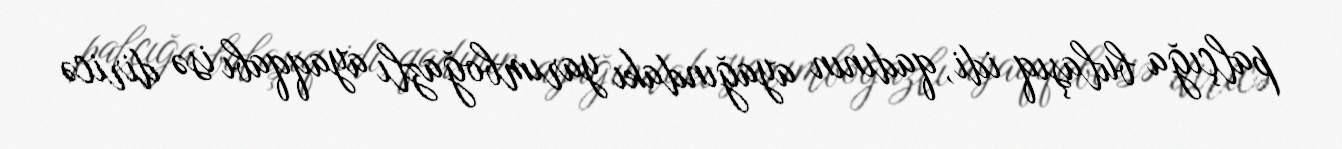
palçığa bulaşıq idi, qadının ayağındakı yarımboğazlı ayaqqabı isə diricə